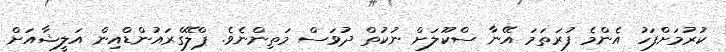
ކުރުމަށްފަހު އެންމެ ފުރަތަމަ އޭނާ ސްކޫލަށް ނުކުތް ދުވަސް މަތިންނެވެ. ޕްލޭގްރައުންޑްއިން އަލީޝާއަށް